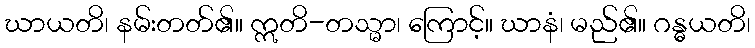
ဃာယတိ၊ နမ်းတတ်၏။ ဣတိ-တသ္မာ၊ ကြောင့်။ ဃာနံ၊ မည်၏။ ဂန္ဓယတိ၊